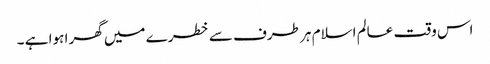
اس وقت عالم اسلام ہر طرف سے خطرے میں گھر ا ہوا ہے ۔